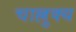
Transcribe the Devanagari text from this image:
चाल्लुक्य